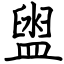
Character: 盥